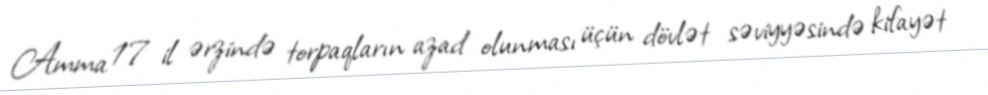
Amma 17 il ərzində torpaqların azad olunması üçün dövlət səviyyəsində kifayət